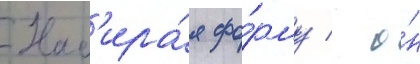
Наб'ира́я фо́рму / о́н